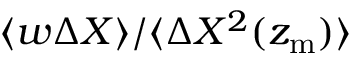
\langle w { \mit \Delta } X \rangle / \langle { \mit \Delta } X ^ { 2 } ( z _ { \mathrm { m } } ) \rangle